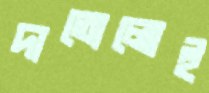
দাতোলোই